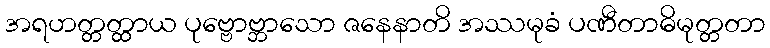
အရဟတ္တတ္ထာယ ပုဗ္ဗောဗ္ဘာသော ဇနေနာတိ အဿမုခံ ပဏီတာဓိမုတ္တတာ